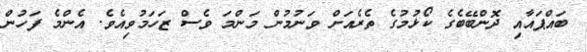
ބައްޕައާއި ދޮންބޭބެގެ ކޯޅުމުގެ ތެރެއަށް ވަނުމުން މަންމަ ވެސް ޒަހަމުވިއެވެ. އެންމެ ފަހުން